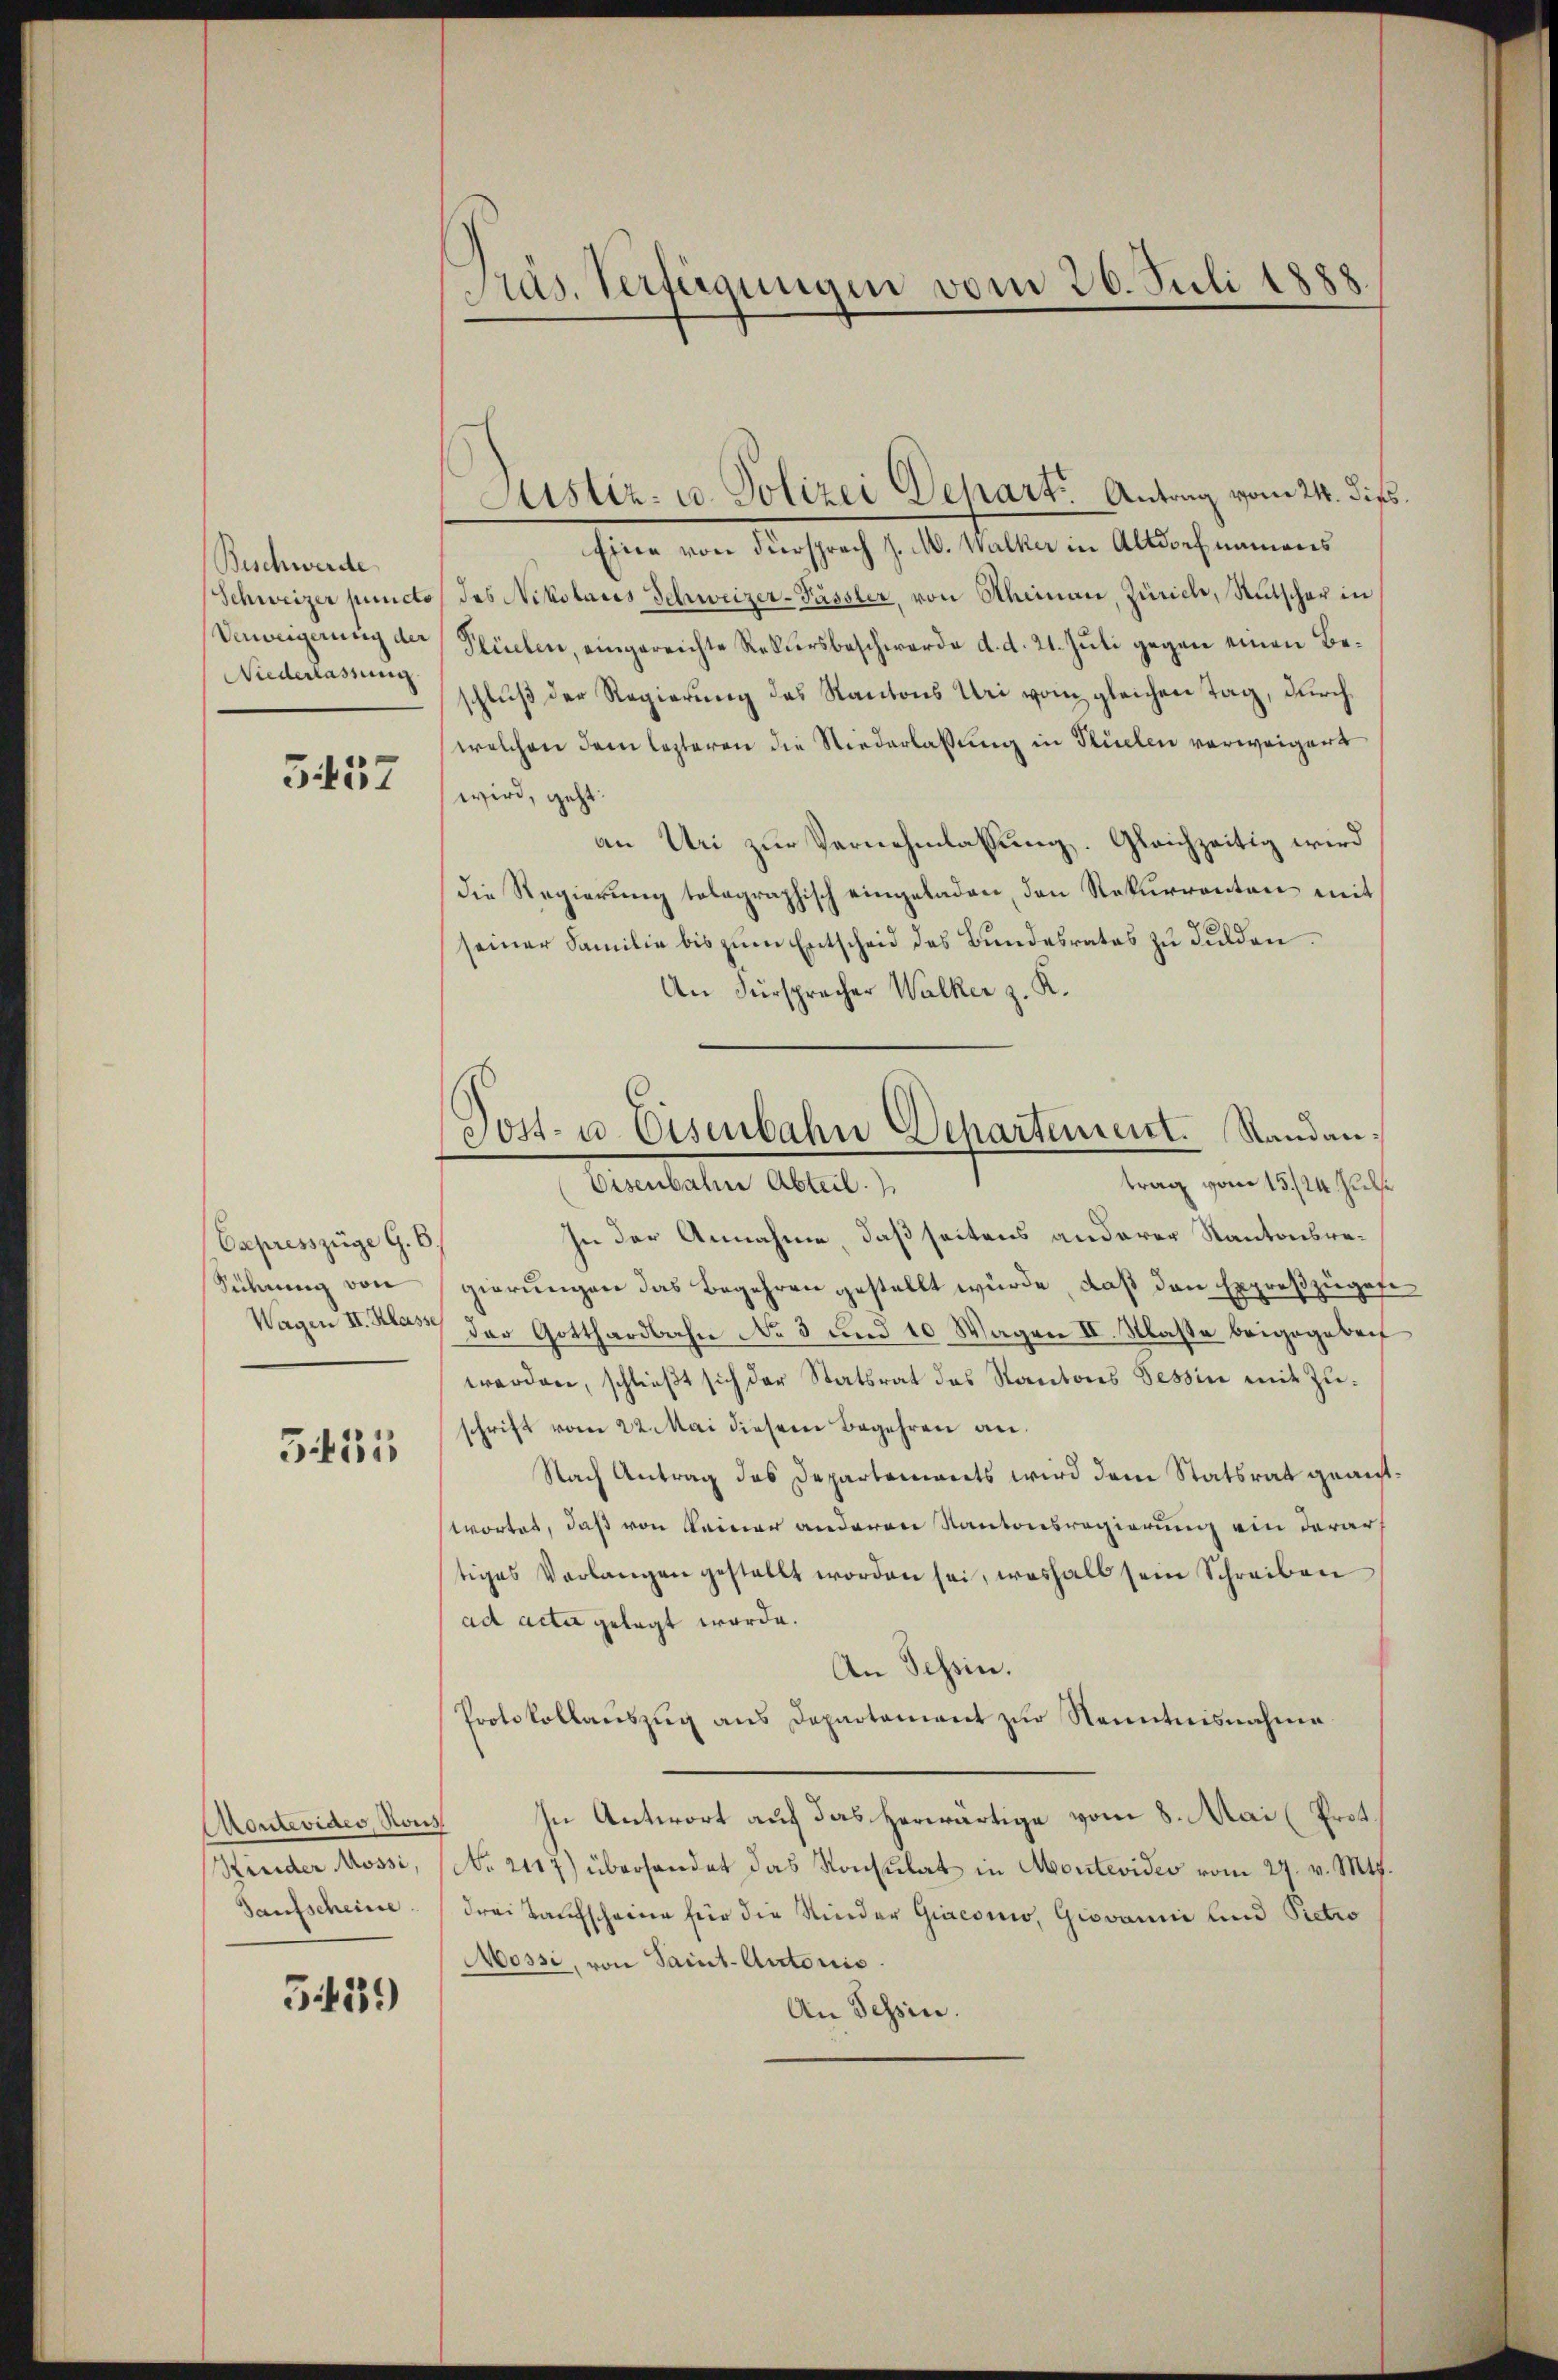
Beschwerde
Schweizer puncto
Verweigerung der
Niederlassung

557

Capresszüge G. B.
Sihung von
Wagen II. Klasse

5451

Montevides, Rous
Kinder Mossi,
Saufscheine

5439

Präs. Verfügungen vom 26. Juli 1888.

Justiz- u. Polizei Depart. Antrag vom 24. dies.

Post- u. Eisenbahn Departement. Standen,

Eine von Fürsprach J. M. Walker in Altdorf namens
des Nikolaris Schweizer-Passler, von Scheman, Zürich, Rutscher in
Plüelen, eingereichte Rekursbeschwerde d. d. 21. Juli gegen einen Beschluß der Regierung des Kantons Uri von gleichen Tag, durchwelchen dem lezteren die Niederlassung in Rücken verweigert
wird, geht:
an Uri zur Vernehmlassung. Gleichzeitig wird
Die Regierung tolographisch eingeladen, den Rekurrenten mit
seiner Familie bis zum Entscheid des Bundesrates zu dulden¬
An Fürspracher Walker z. K.
trag vom 15./24. Juli
Eisenbahne Abteil.
In der Annahme, daß seitens anderer Kantonsregierungen das Begehren gestellt wurde, daß den Expreßzugese
der Gotthardbahn No 3 und 10 Wagen II. Klasse beigegebenf
werden, schließt sich der Statsrat des Kantons Tessin mit Zuschrift vom 22. Mai diesem Begehren an.
Nach Antrag des Departements wird dem Statsrat geantwortet, daß von keiner anderen Kantonsregierung ein derar
tiges Verlangen gestellt worden sei, weshalb sein Schreiben
ad acta gelegt werde.
An Tessin.
Protokollauszug aus Departement zur Kenntnisnahme
In Antwort auf das herwärtige vom 8. Mai (Prot.
No. 2117) überhandet das Konsulat in Montevideo vom 27. v. Mts.
drei Taufscheine für die Kinder Giaconio, Giovanni und Pietro
Mossi, von Saint-Autoris.
An Tessin.